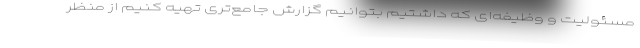
مسئولیت و وظیفه‌ای که داشتیم بتوانیم گزارش جامع‌تری تهیه کنیم از منظر